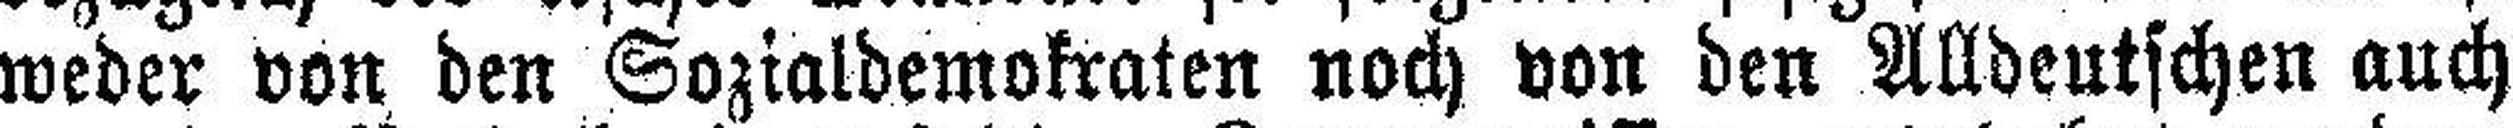
weder von den Sozialdemokraten noch von den Alldeutschen auch